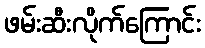
ဖမ်းဆီးလိုက်ကြောင်း